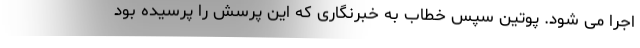
اجرا می شود. پوتین سپس خطاب به خبرنگاری که این پرسش را پرسیده بود